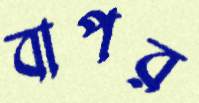
বাপর